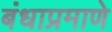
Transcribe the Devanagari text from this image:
बंधाप्रमाणे